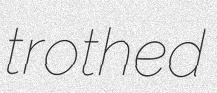
trothed